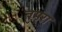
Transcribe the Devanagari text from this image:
तुमरा